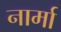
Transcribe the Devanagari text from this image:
नार्मा